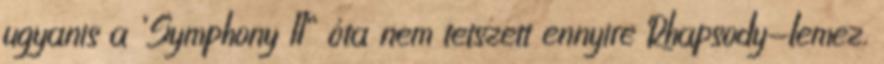
ugyanis a ’Symphony II” óta nem tetszett ennyire Rhapsody-lemez.